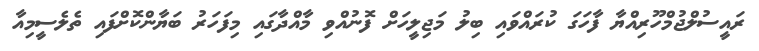
ރައީސުލްޖުމްހޫރިއްޔާ ފާހަގަ ކުރައްވައި ބިލު މަޖިލީހަށް ފޮނުއްވި މާއްދާގައި މިފަހަރު ބަޔާންކޮށްފައި ތެލެސީމިއާ